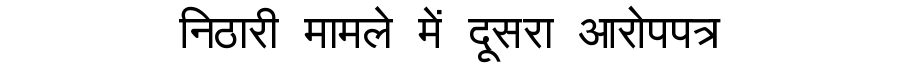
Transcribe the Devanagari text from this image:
निठारी मामले में दूसरा आरोपपत्र